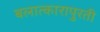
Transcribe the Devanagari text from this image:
बलात्कारापुरती